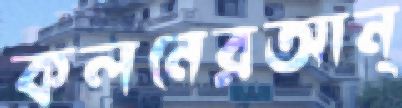
কলনেরআন্